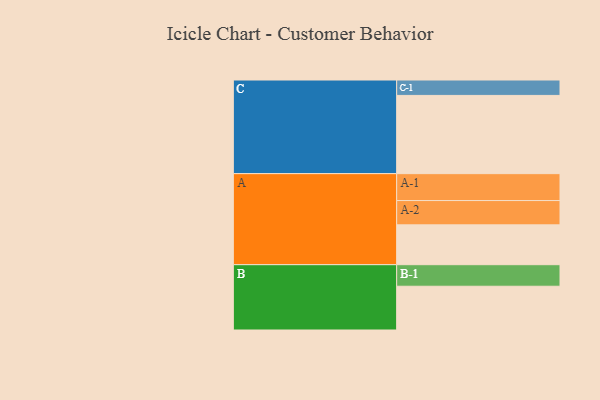
{"axis": {"x": "Segment", "y": "Value"}, "legend": ["", "A", "B", "C"], "data": [{"x": "A", "y": 305, "type": ""}, {"x": "B", "y": 335, "type": ""}, {"x": "C", "y": 599, "type": ""}, {"x": "A-1", "y": 206, "type": "A"}, {"x": "A-2", "y": 186, "type": "A"}, {"x": "B-1", "y": 165, "type": "B"}, {"x": "C-1", "y": 118, "type": "C"}]}